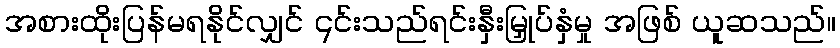
အစားထိုးပြန်မရနိုင်လျှင် ၎င်းသည်ရင်းနှီးမြှုပ်နှံမှု အဖြစ် ယူဆသည်။